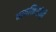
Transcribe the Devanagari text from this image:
तापकिरांनी